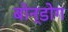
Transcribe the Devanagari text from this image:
बोन्डोग